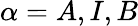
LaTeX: \alpha=A,I,B